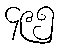
၄၉၅